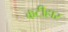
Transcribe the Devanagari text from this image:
कटीहार